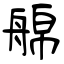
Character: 艊